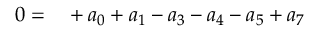
\begin{array} { r l } { 0 = } & { { } + { a _ { 0 } } + { a _ { 1 } } - { a _ { 3 } } - { a _ { 4 } } - { a _ { 5 } } + a _ { 7 } } \end{array}